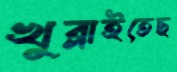
খুব্‌লাইতেছ